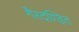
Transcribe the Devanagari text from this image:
गैरदण्डित